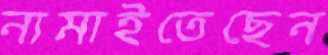
নামাইতেছেন